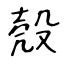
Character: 殼